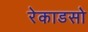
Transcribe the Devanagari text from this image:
रेकाडसो